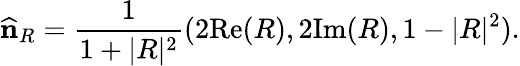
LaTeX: \widehat{\mathbf n}_{R}=\frac{1}{1+\vert R\vert^{2}}(2\mathrm{Re}(R),2\mathrm{Im}(R),1-\vert R\vert^{2}).